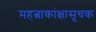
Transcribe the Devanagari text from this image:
महत्वाकांक्षासूचक